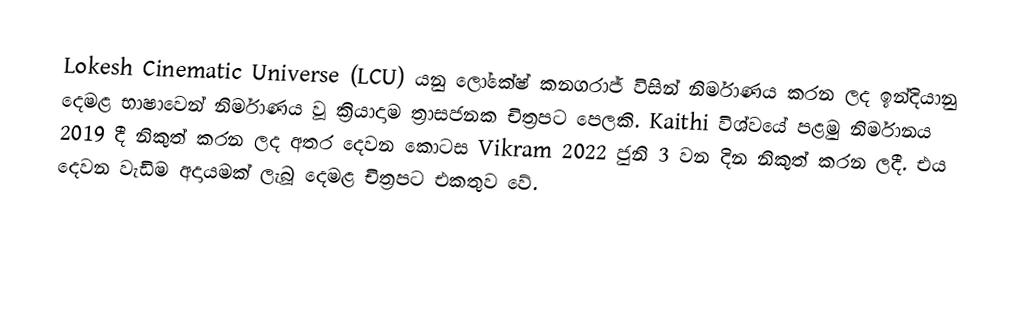
Lokesh Cinematic Universe (LCU) යනු ලෝකේෂ් කනගරාජ් විසින් නිර්මාණය කරන ලද ඉන්දියානු දෙමළ භාෂාවෙන් නිර්මාණය වූ ක්‍රියාදාම ත්‍රාසජනක චිත්‍රපට පෙලකි.      Kaithi විශ්වයේ පළමු නිර්මානය  2019 දී නිකුත් කරන ලද අතර දෙවන කොටස Vikram 2022 ජුනි 3 වන දින නිකුත් කරන ලදී.    එය දෙවන වැඩිම අදායමක් ලැබූ දෙමළ චිත්‍රපට එකතුව වේ.